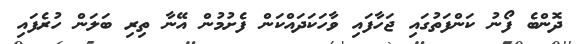
ދޮންބެ ފޯނު ކަންފަތުގައި ޖަހާފައި ވާހަކަދައްކަން ފެށުމުން އޭނާ ތިރި ބަލަން ހުރެފައި